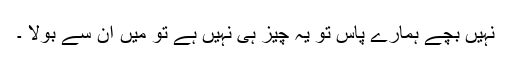
نہیں بچے ہمارے پاس تو یہ چیز ہی نہیں ہے تو میں ان سے بولا ۔